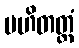
ပဟိတတ္တံ